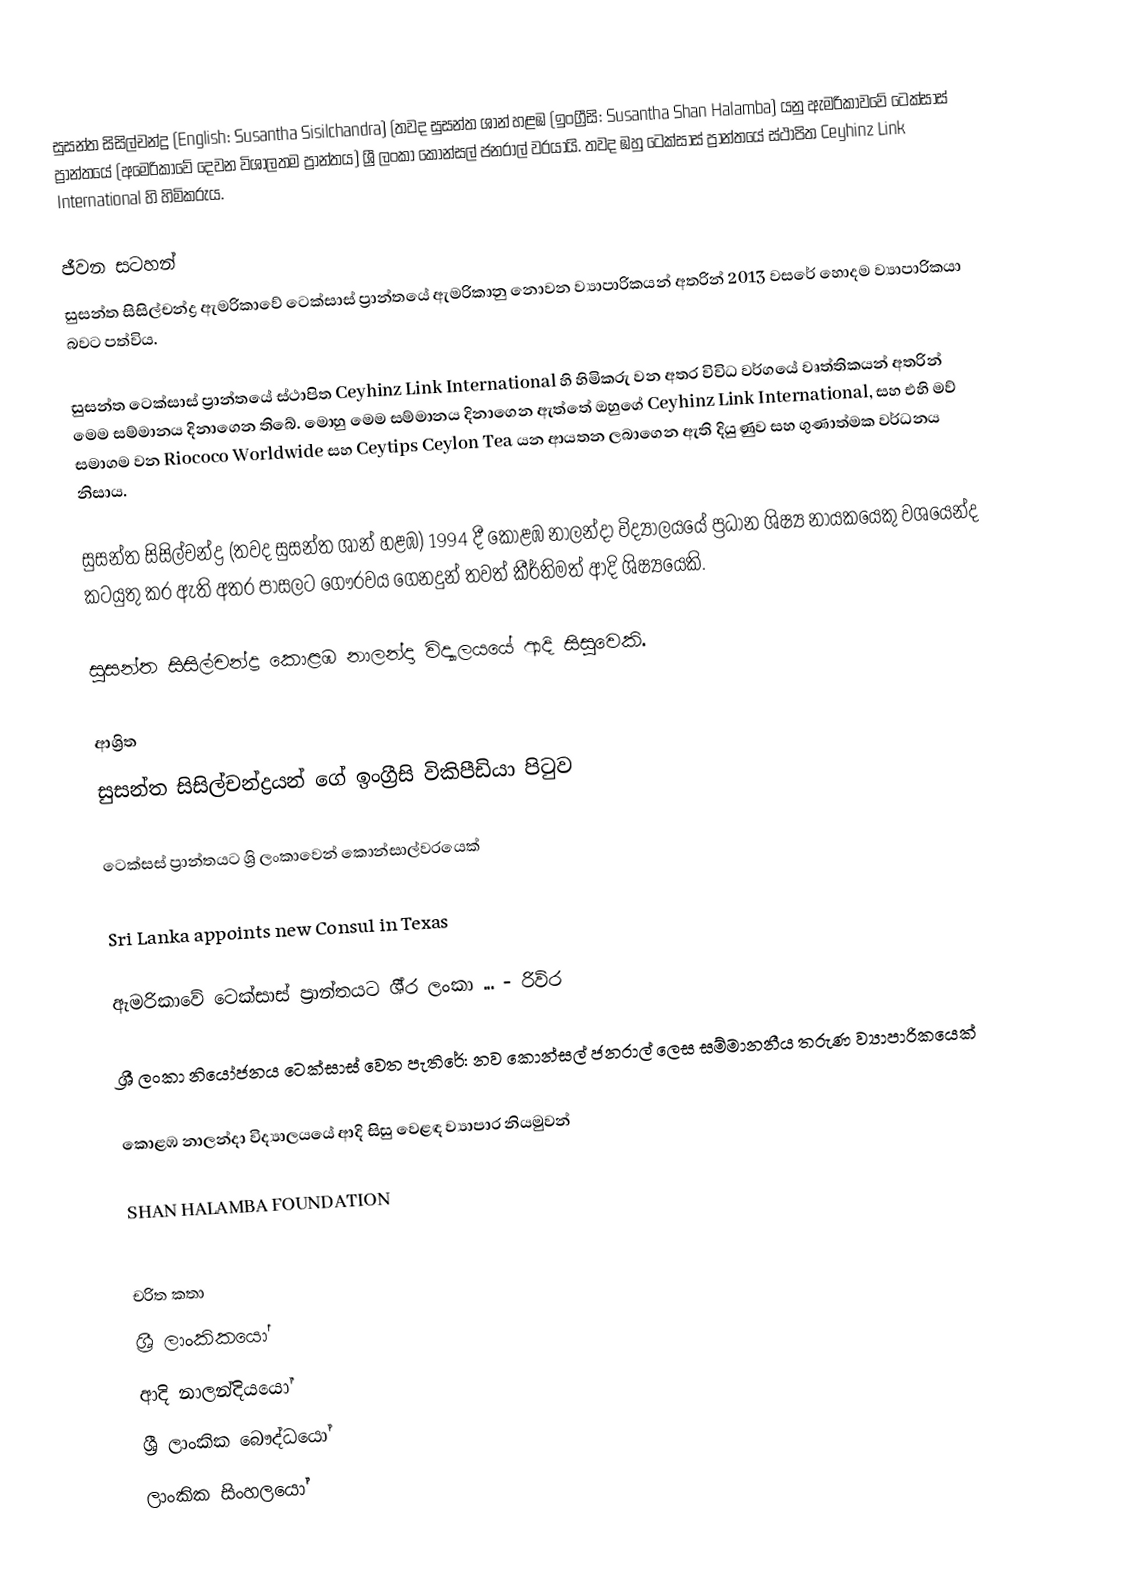
සුසන්ත සිසිල්චන්ද්‍ර (English: Susantha Sisilchandra) (තවද සුසන්ත ශාන් හළඹ (ඉංග්‍රීසි: Susantha Shan Halamba) යනු  ඇමරිකාවවේ ටෙක්සාස් ප්‍රාන්තයේ (අමෙරිකාවේ දෙවන විශාලතම ප්‍රාන්තය) ශ්‍රී ලංකා කොන්සල් ජනරාල් වරයායි. තවද ඹහු ටෙක්සාස් ප්‍රාන්තයේ ස්ථාපිත Ceyhinz Link International හි හිමිකරුය.

ජීවන සටහන්
සුසන්ත සිසිල්චන්ද්‍ර ඇමරිකාවේ ටෙක්සාස් ප්‍රාන්තයේ ඇමරිකානු නොවන ව්‍යාපාරිකයන් අතරින් 2013 වසරේ හොදම ව්‍යාපාරිකයා බවට පත්විය.

සුසන්ත ටෙක්සාස් ප්‍රාන්තයේ ස්ථාපිත Ceyhinz Link International හි හිමිකරු වන අතර විවිධ වර්ගයේ වෘත්තිකයන් අතරින් මෙම සම්මානය දිනාගෙන තිබේ. මොහු මෙම සම්මානය දිනාගෙන ඇත්තේ ඔහුගේ Ceyhinz Link International, සහ එහි මව් සමාගම වන Riococo Worldwide සහ Ceytips Ceylon Tea යන ආයතන ලබාගෙන ඇති දියුණුව සහ ගුණාත්මක වර්ධනය නිසාය.

සුසන්ත සිසිල්චන්ද්‍ර (තවද සුසන්ත ශාන් හළඹ) 1994 දී  කොළඹ නාලන්දා විද්‍යාලයයේ ප්‍රධාන ශිෂ්‍ය නායකයෙකු වශයෙන්ද කටයුතු කර ඇති අතර පාසලට ගෞරවය ගෙනදුන් තවත් කීර්තිමත් ආදි ශිෂ්‍යයෙකි.

සුසන්ත සිසිල්චන්ද්‍ර  කොළඹ නාලන්දා විද්‍යාලයයේ ආදි සිසුවෙකි.

ආශ්‍රිත
  සුසන්ත සිසිල්චන්ද්‍රයන් ගේ ඉංග්‍රීසි විකිපීඩියා පිටුව

 ටෙක්සස් ප්‍රාන්තයට ශ්‍රි ලංකාවෙන් කොන්සාල්වරයෙක්

 Sri Lanka appoints new Consul in Texas

 ඇමරිකාවේ ටෙක්සාස් ප‍්‍රාන්තයට ශී‍්‍ර ලංකා ... - රිවිර

 ශ්‍රී ලංකා නියෝජනය ටෙක්සාස් වෙත පැතිරේ: නව කොන්සල් ජනරාල් ලෙස සම්මානනීය තරුණ ව්‍යාපාරිකයෙක්

 කොළඹ නාලන්දා විද්‍යාලයයේ ආදි සිසු වෙළඳ ව්‍යාපාර නියමුවන්

 SHAN HALAMBA FOUNDATION

චරිත කතා
ශ්‍රී ලාංකිකයෝ
ආදි නාලන්දියයෝ
ශ්‍රී ලාංකික බෞද්ධයෝ
ලාංකික සිංහලයෝ